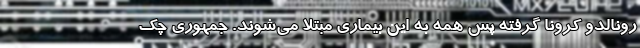
رونالدو کرونا گرفته پس همه به این بیماری مبتلا می‌شوند. جمهوری چک